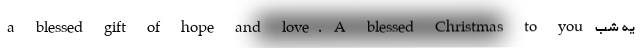
a blessed gift of hope and love. A blessed Christmas to you یه شب